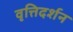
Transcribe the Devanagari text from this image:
वृत्तिदर्शन